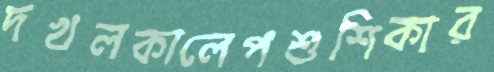
দখলকালেপশুশিকার